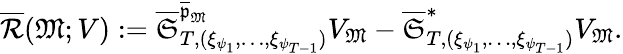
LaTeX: \begin{array}{r}{\overline{{\mathcal{R}}}(\mathfrak{M};V):=\overline{\mathfrak{S}}_{T,(\xi_{\psi_{1}},\dots,\xi_{\psi_{T-1}})}^{\overline{\mathfrak{p}}_{\mathfrak{M}}}V_{\mathfrak{M}}-\overline{\mathfrak{S}}_{T,(\xi_{\psi_{1}},\dots,\xi_{\psi_{T-1}})}^{*}V_{\mathfrak{M}}.}\end{array}